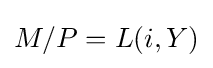
M/P=L(i,Y)